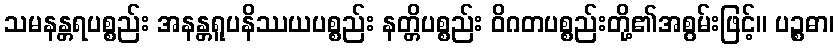
သမနန္တရပစ္စည်း အနန္တရူပနိဿယပစ္စည်း နတ္တိပစ္စည်း ဝိဂတပစ္စည်းတို့၏အစွမ်းဖြင့်။ ပဉ္စဓာ၊